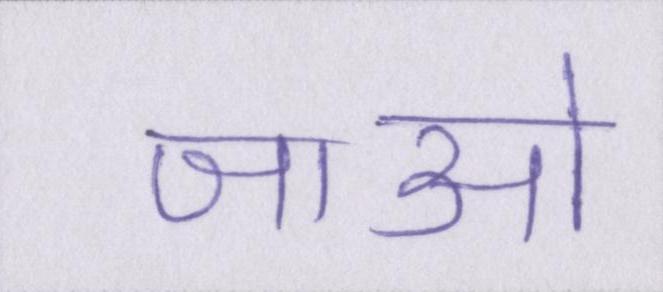
जाओ